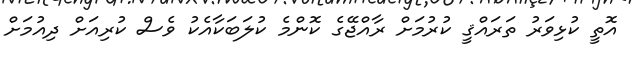
އޮތީ ކުޅިވަރު ތަރައްޤީ ކުރުމަށް ރާއްޖޭގެ ކޮންމެ ކުލަބަކާއެކު ވެސް ކުރިއަށް ދިއުމަށް